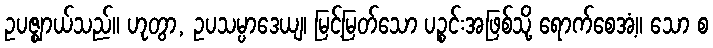
ဥပဇ္ဈာယ်သည်။ ဟုတွာ, ဥပသမ္ပာဒေယျ၊ မြင့်မြတ်သော ပဉ္စင်းအဖြစ်သို့ ရောက်စေအံ့။ သော စ